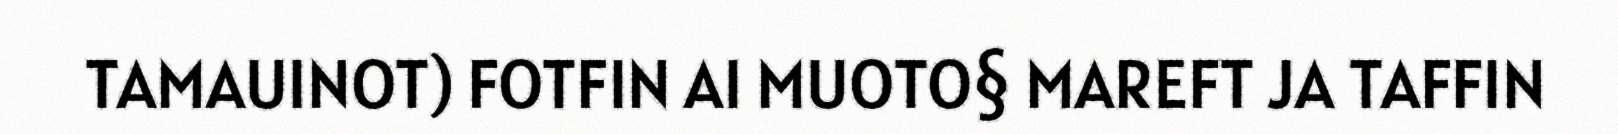
TAMAUINOT) FOTFIN AI MUOTO§ MAREFT JA TAFFIN